Document type: Grant of rights
Year: 1254
Scribe: Jaume de Port
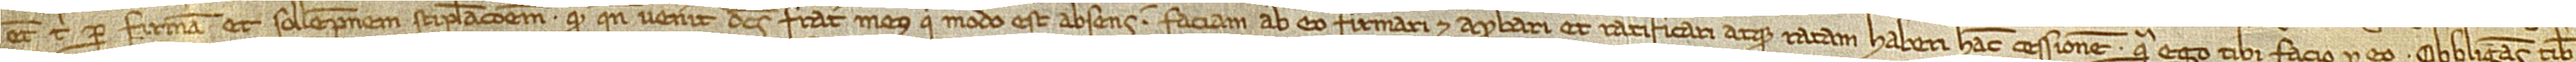
etiam tibi per firmam et sollempnem stipulacionem quod quando venerit dictus frater meus, qui modo est absentis, faciam ab eo firmari et aprobari et ratificari atque ratam haberi hanc cessionem quam ego tibi facio pro eo, obligans vobis /